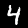
Digit: 4